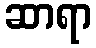
ဆာရာ